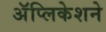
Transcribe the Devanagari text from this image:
अॅप्लिकेशने